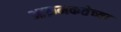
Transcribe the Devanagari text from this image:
आक्रमकतेच्या